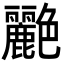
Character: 𬜟